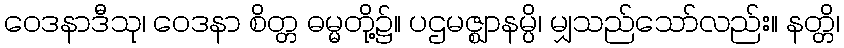
ဝေဒနာဒီသု၊ ဝေဒနာ စိတ္တ ဓမ္မတို့၌။ ပဌမဇ္ဈာနမ္ပိ၊ မျှသည်သော်လည်း။ နတ္တိ၊